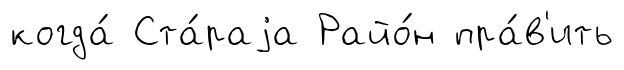
когда́ Ста́раjа Райо́н пра́в'ить